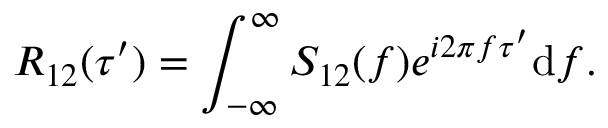
R _ { 1 2 } ( \tau ^ { \prime } ) = \int _ { - \infty } ^ { \infty } S _ { 1 2 } ( f ) e ^ { i 2 \pi f \tau ^ { \prime } } \mathrm { d } f .